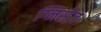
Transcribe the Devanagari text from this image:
ग्निसेज़